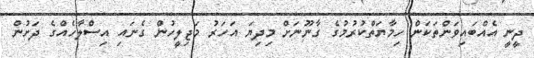
ދީނީ އެއްބައިވަންތަކަން ހިމާޔަތްކުރުމުގެ ގާނޫނަށް މިދިޔަ އަހަރު މަޖިލީހުން ގެނައި އިސްލާހެއްގެ ދަށުން